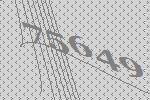
75649